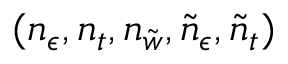
( n _ { \epsilon } , n _ { t } , n _ { \tilde { w } } , \tilde { n } _ { \epsilon } , \tilde { n } _ { t } )